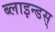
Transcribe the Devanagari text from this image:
ब्लाइन्डस्